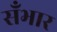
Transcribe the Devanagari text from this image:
सँभार